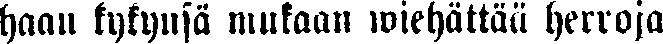
haan kykynsä mukaan wiehättää herroja